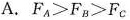
A.FA≥FB>Fc